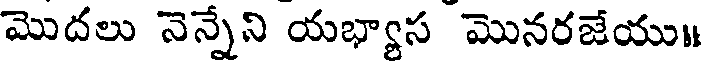
మొదలు నెన్నేని యభ్యాస మొనరజేయు॥